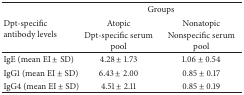
<table><thead><tr><td rowspan="3"><b>Dpt-specific antibody levels</b></td><td colspan="2"><b>Groups</b></td></tr><tr><td><b>Atopic</b></td><td><b>Nonatopic</b></td></tr><tr><td><b>Dpt-specific serum pool</b></td><td><b>Nonspecific serum pool</b></td></tr></thead><tbody><tr><td>IgE (mean EI ± SD)</td><td>4.28 ± 1.73</td><td>1.06 ± 0.54</td></tr><tr><td>IgG1 (mean EI ± SD)</td><td>6.43 ± 2.00</td><td>0.85 ± 0.17</td></tr><tr><td>IgG4 (mean EI ± SD)</td><td>4.51 ± 2.11</td><td>0.85 ± 0.19</td></tr></tbody></table>